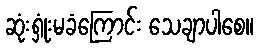
ဆုံးရှုံးမခံကြောင်း သေချာပါစေ။